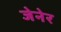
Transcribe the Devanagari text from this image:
जेनेर